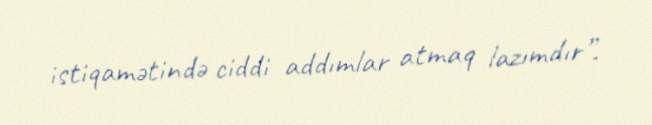
istiqamətində ciddi addımlar atmaq lazımdır”.